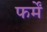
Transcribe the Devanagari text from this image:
फर्में